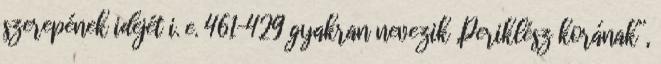
szerepének idejét i. e. 461–429 gyakran nevezik „Periklész korának”,